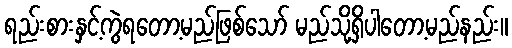
ရည်းစားနှင့်ကွဲရတော့မည်ဖြစ်သော် မည်သို့ရှိပါတော့မည်နည်း။